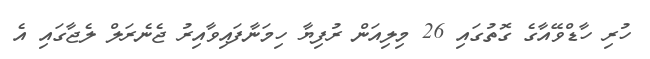
ހުރި ހާޑްވޭއާގެ ގޮތުގައި 26 މިލިއަން ރުފިޔާ ހިމަނާފައިވާއިރު ޖެނެރަލް ލެޖާގައި އެ